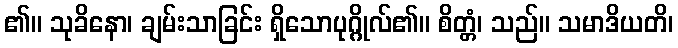
၏။ သုခိနော၊ ချမ်းသာခြင်း ရှိသောပုဂ္ဂိုလ်၏။ စိတ္တံ၊ သည်။ သမာဒိယတိ၊